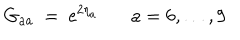
LaTeX: G _ { a a } \ = \ \mathrm { e } ^ { 2 \eta _ { a } } \ \mathrm { ~ } \ a = 6 , \ldots , 9